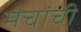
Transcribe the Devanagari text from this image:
मंचांची